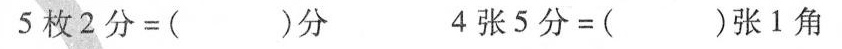
$$5 枚 2 分 = ( ) 分$$ $$4 张 5 分 = ( ) 张 1 角$$